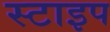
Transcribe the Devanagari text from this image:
स्टाइप